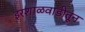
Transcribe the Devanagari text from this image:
इरशाळवाडीतून